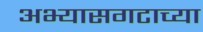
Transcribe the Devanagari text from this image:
अभ्यासगटाच्या